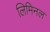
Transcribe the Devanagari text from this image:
लिमिनल